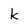
Character: k